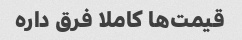
قیمت‌ها کاملا فرق داره